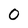
Character: 0